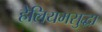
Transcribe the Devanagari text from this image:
हेलियमसुद्धा